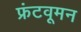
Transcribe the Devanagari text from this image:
फ्रंटवूमन